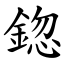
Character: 鍃